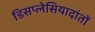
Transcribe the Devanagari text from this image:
डिसप्लेसियादांतों